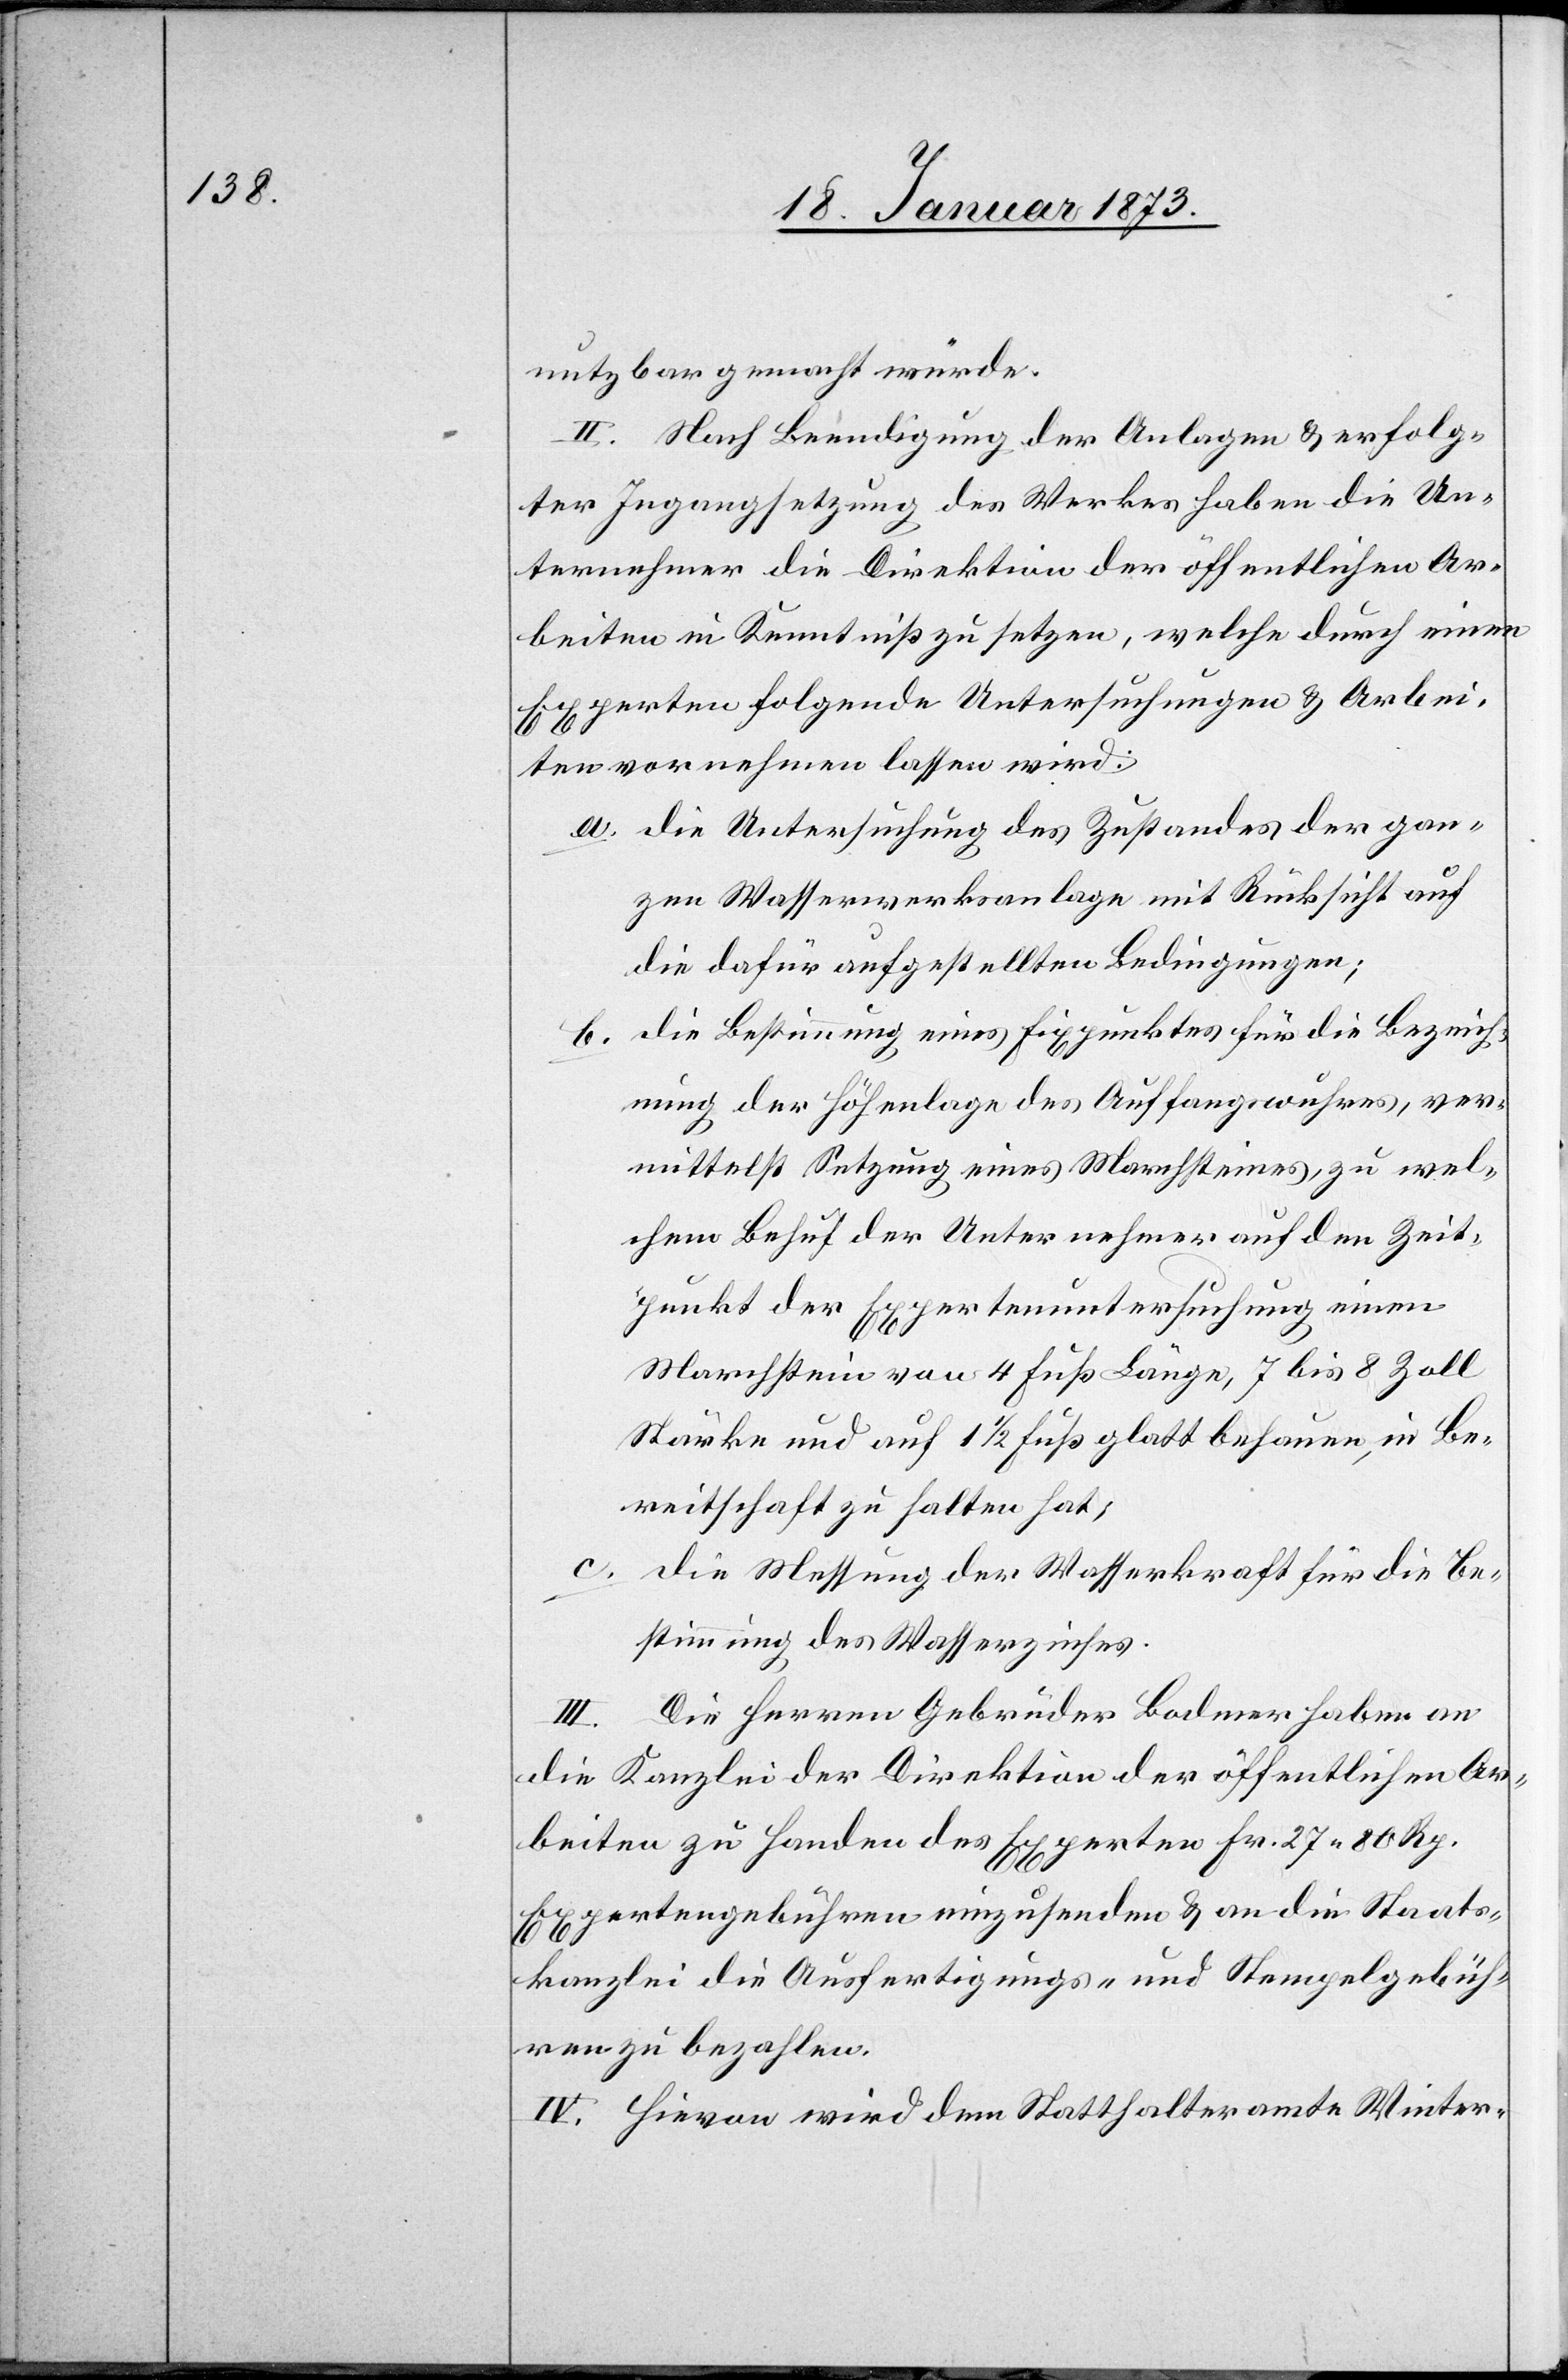
nutzbar gemacht wurde.
II. Nach Beendigung der Anlagen u. erfolg¬
ter Ingangsetzung des Werkes haben die Un¬
ternehmer die Direktion der öffentlichen Ar¬
beiten in Kenntniß zu setzen, welche durch einen
Experten folgende Untersuchungen u. Arbei¬
ten vornehmen lassen wird:
a. die Untersuchung des Zustandes der gan¬
zen Wasserwerksanlage mit Rücksicht auf
die dafür aufgestellten Bedingungen;
b. die Bestimmung eines Fixpunktes für die Bezeich¬
nung der Höhenlage des Auffangswuhres, ver¬
mittelst Setzung eines Marchsteines, zu wel¬
chem Behuf der Unternehmer auf den Zeit¬
punkt der Expertenuntersuchung einen
Marchstein von 4 Fuß Länge, 7 bis 8 Zoll
Stärke und auf 1 1/2 Fuß glatt behauen, in Be¬
reitschaft zu halten hat;
c. die Messung der Wasserkraft für die Be¬
stimmung des Wasserzinses.
III. Die Herren Gebrüder Bodmer haben an
die Kanzlei der Direktion der öffentlichen Ar¬
beiten zu Handen des Experten Fr. 27 80 Rp.
Expertengebühren einzusenden u. an die Staats¬
kanzlei die Ausfertigungs- und Stempelgebüh¬
ren zu bezahlen.
IV. Hievon wird dem Statthalteramte Winter-